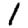
Digit: 1